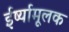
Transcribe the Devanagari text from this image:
ईर्ष्यामूलक